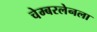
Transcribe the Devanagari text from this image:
चेम्बरलेनला